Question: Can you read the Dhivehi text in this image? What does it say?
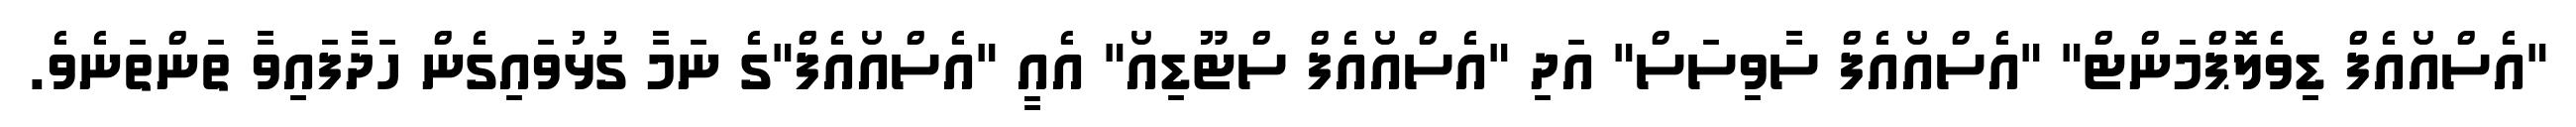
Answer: "އެސްއޯއެފް ޑިވެލޮޕްމަންޓް" "އެސްއޯއެފް ސާވިސަސް" އަދި "އެސްއޯއެފް ސްޓޫޑިއޯ" އެއީ "އެސްއޯއެފް"ގެ ނަމާ ގުޅުވައިގެން ހަދާފައިވާ ތަންތަނެވެ.